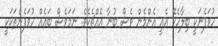
ހުވަފެނަކީ ބިލާހެކޭ އެއީ އެންމެން ވެސް ބުނާ އެއްޗެކެވެ. ނަމަވެސް ބައެއް ހުވަފެންތަކަކީ